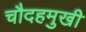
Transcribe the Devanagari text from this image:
चौदहमुखी